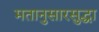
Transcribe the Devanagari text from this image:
मतानुसारसुद्धा